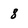
Character: 8